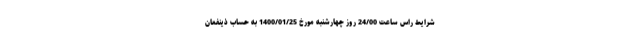
شرایط راس ساعت 24/00 روز چهارشنبه مورخ 1400/01/25 به حساب ذینفعان